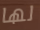
لها